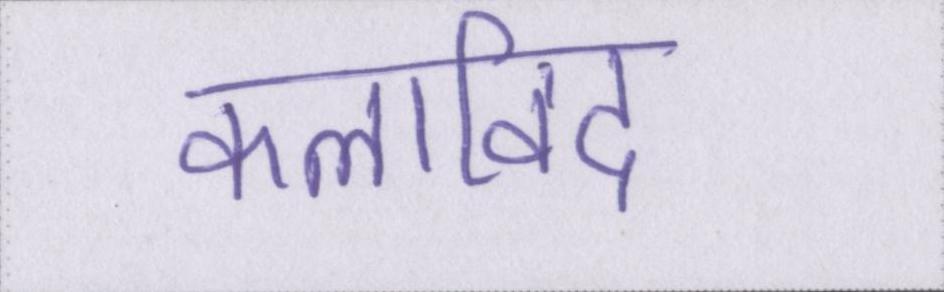
कलाविद